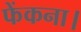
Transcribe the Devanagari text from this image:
फेंकना।